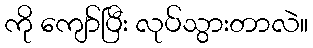
ကို ကျော်ပြီး လုပ်သွားတာလဲ။